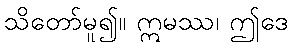
သိတော်မူ၍။ ဣမဿ၊ ဤဒေ